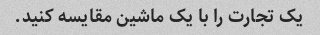
یک تجارت را با یک ماشین مقایسه کنید.